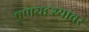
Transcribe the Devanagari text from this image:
प्रणयदृश्यांवर